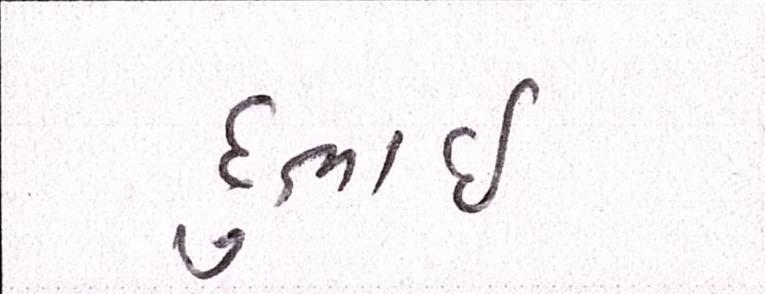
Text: દુભાઇ